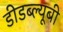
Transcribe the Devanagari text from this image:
डीडब्ल्यूबी